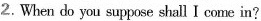
2.When do you suppose shall I comein?